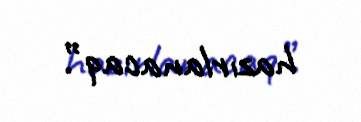
hazırlanacaq”.